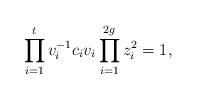
LaTeX: \begin{align*}\prod_{i=1}^{t}v_i^{-1}c_iv_i\prod_{i=1}^{2g}z_i^2=1,\end{align*}